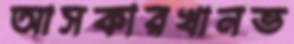
আসকারখানভ